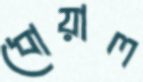
ধোয়াল